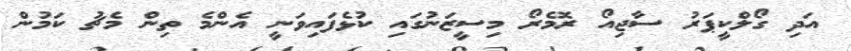
އަދި ގޯލްކީޕަރު ސާޖިއޯ ރޮމެރޯ މިސީޒަނުގައި ކުޅެފައިވަނީ އެންމެ ތިން މެޗު ކަމުން